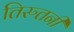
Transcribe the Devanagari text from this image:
तिरुतनी